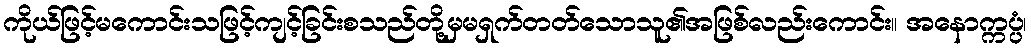
ကိုယ်ဖြင့်မကောင်းသဖြင့်ကျင့်ခြင်းစသည်တို့မှမရှက်တတ်သောသူ၏အဖြစ်လည်းကောင်း။ အနောက္ကပ္ပံ၊